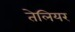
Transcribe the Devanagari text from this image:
तेलियर